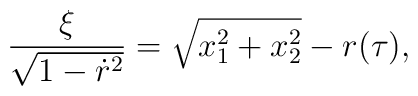
\frac{\xi}{\sqrt{1-\dot{r}^{2}}}= \sqrt{x^{2}_{1}+x^{2}_{2}}-r(\tau),